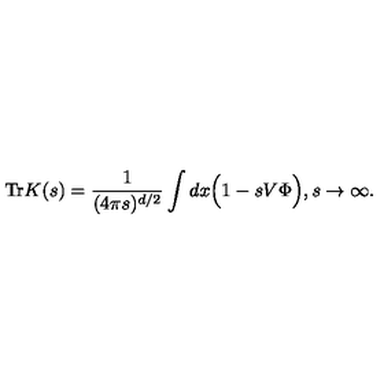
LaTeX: \mathrm { T r } K ( s ) = \frac { 1 } { ( 4 \pi s ) ^ { d / 2 } } \int d x \Big ( 1 - s V \Phi \Big ) , s \to \infty .